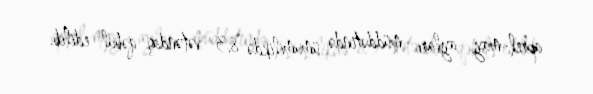
aprel-may ayları müddətində ümumilikdə 83 vətəndaş qəbul edilib.